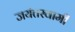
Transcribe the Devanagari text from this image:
जयंतस्वामी